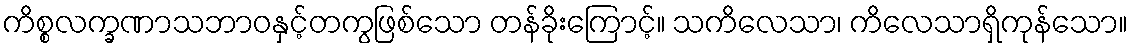
ကိစ္စလက္ခဏာသဘာဝနှင့်တကွဖြစ်သော တန်ခိုးကြောင့်။ သကိလေသာ၊ ကိလေသာရှိကုန်သော။